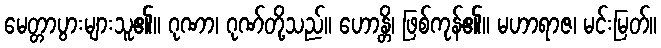
မေတ္တာပွားများသူ၏။ ဂုဏာ၊ ဂုဏ်တို့သည်။ ဟောန္တိ၊ ဖြစ်ကုန်၏။ မဟာရာဇ၊ မင်းမြတ်။